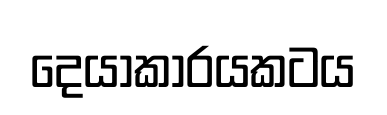
දෙයාකාරයකටය